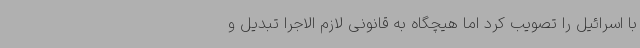
با اسرائیل را تصویب کرد اما هیچگاه به قانونی لازم الاجرا تبدیل و